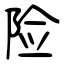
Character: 险